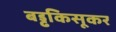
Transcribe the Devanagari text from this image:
बड्ढकिसूकर